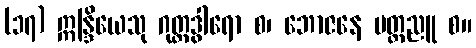
(၁၇) ဣန္ဒြိယေသု ဂုတ္တဒွါရော စ၊ ဘောဇနေ မတ္တညူ စ။